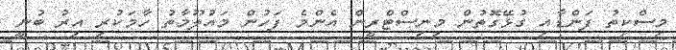
މިސްކިތު ފަންޑާއި ގުޅޭގޮތުން މިނިސްޓްރީން އެންމެ ފަހުން މައުލޫމާތު ހާމަކުރި އިރު ބުނީ